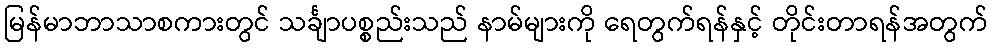
မြန်မာဘာသာစကားတွင် သင်္ချာပစ္စည်းသည် နာမ်များကို ရေတွက်ရန်နှင့် တိုင်းတာရန်အတွက်